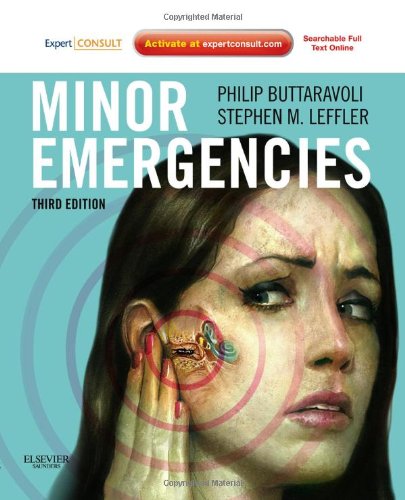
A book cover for Minor Emergencies: Expert Consult - Online and Print, 3e; Philip Buttaravoli MD  FACEP; Medical Books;